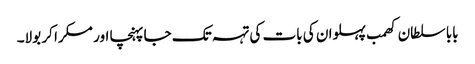
بابا سلطان کھمب پہلوان کی بات کی تہہ تک جا پہنچا اور مسکرا کر بولا۔